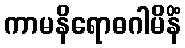
ကာမနိရောဓဂါမိနိံ